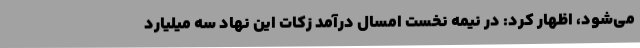
می‌شود، اظهار کرد: در نیمه نخست امسال درآمد زکات این نهاد سه میلیارد